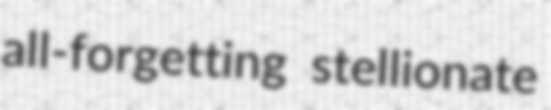
all-forgetting stellionate